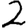
Digit: 2